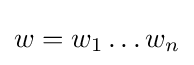
w=w_{1}\dots w_{n}